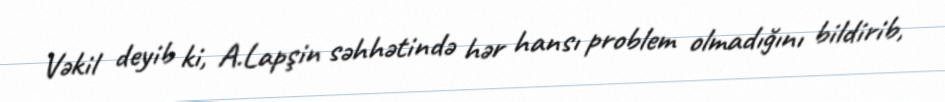
Vəkil deyib ki, A.Lapşin səhhətində hər hansı problem olmadığını bildirib,